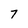
Character: 7